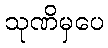
သုဏိမှပေ